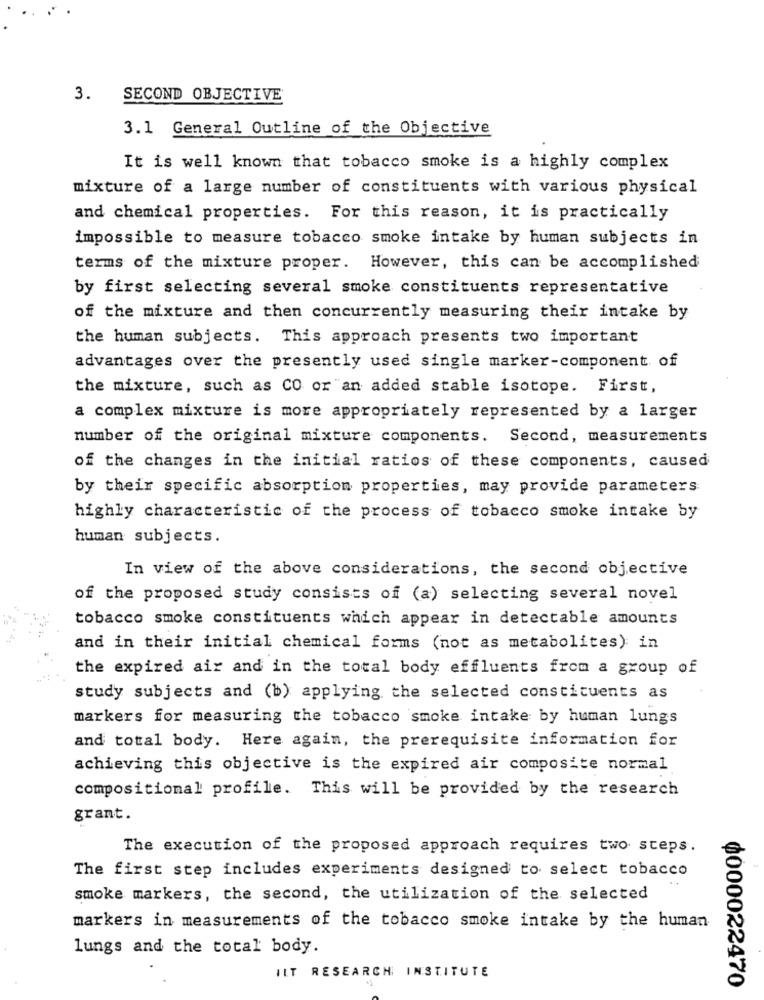
3.
SECOND OBJECTIVE
3.1 General Outline of the Objective
It is well known that tobacco smoke is a highly complex
mixture of a large number of constituents with various physical
and chemical properties. For this reason, it is practically
impossible to measure tobacco smoke intake by human subjects in
terms of the mixture proper. However, this can be accomplished
by first selecting several smoke constituents representative
of the mixture and then concurrently measuring their intake by
the human subjects. This approach presents two important
advantages over the presently used single marker-component of
the mixture, such as CO or an added stable isotope. First,
a complex mixture is more appropriately represented by a larger
number of the original mixture components. Second, measurements
of the changes in the initial ratios of these components, caused
by their specific absorption properties, may provide parameters
highly characteristic of the process of tobacco smoke intake by
human subjects.
In view of the above considerations, the second objective
of the proposed study consists of (a) selecting several novel
tobacco smoke constituents which appear in detectable amounts
and in their initial chemical forms (not as metabolites) in
the expired air and in the total body effluents from a group of
study subjects and (b) applying the selected constituents as
markers for measuring the tobacco smoke intake by human lungs
and total body. Here again, the prerequisite information for
achieving this objective is the expired air composite normal
compositional profile. This will be provided by the research
grant.
The execution of the proposed approach requires two steps.
The first step includes experiments designed to select tobacco
smoke markers, the second, the utilization of the selected
markers in measurements of the tobacco smoke intake by the human
lungs and the total body.
ILT RESEARCH INSTITUTE
0000022470